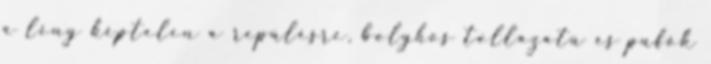
a lény képtelen a repülésre, bolyhos tollazatú és pufók